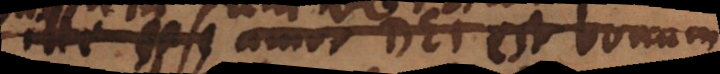
ipse amor Dei est bonum